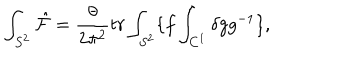
\int _ { S ^ { 2 } } \hat { \cal F } = \frac { \theta } { 2 \pi ^ { 2 } } t r \int _ { S ^ { 2 } } \{ f \int _ { C ^ { 1 } } \delta g g ^ { - 1 } \} ,